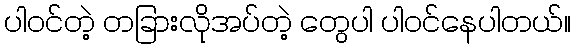
ပါ၀င်တဲ့ တခြားလိုအပ်တဲ့ တွေပါ ပါ၀င်နေပါတယ်။